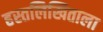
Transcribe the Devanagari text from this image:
हस्तलिखिताला